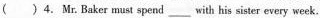
( )4. Mr. Baker must spend ___ with his sister every week.